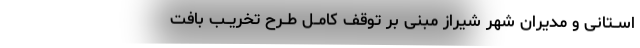
اســتانی و مدیران شهر شیراز مبنی بر توقف کامــل طــرح تخریــب بافت